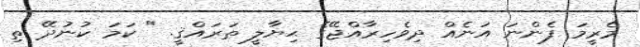
މެރީމަ ފެންނަ އަނެއް ދިވެހިރާއްޖޭގެ ޙިޔާލީ ތަރައްޤީ. " ކަމަ ކުނުދޭ ތި